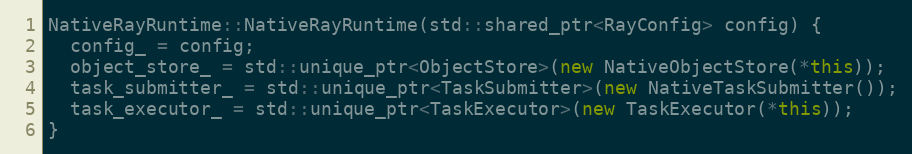
Language: C++
NativeRayRuntime::NativeRayRuntime(std::shared_ptr<RayConfig> config) {
  config_ = config;
  object_store_ = std::unique_ptr<ObjectStore>(new NativeObjectStore(*this));
  task_submitter_ = std::unique_ptr<TaskSubmitter>(new NativeTaskSubmitter());
  task_executor_ = std::unique_ptr<TaskExecutor>(new TaskExecutor(*this));
}